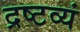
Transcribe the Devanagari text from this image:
द्रष्टव्यं